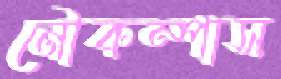
নৌকম্পাস